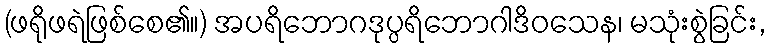
(ဖရိုဖရဲဖြစ်စေ၏။) အပရိဘောဂဒုပ္ပရိဘောဂါဒိဝသေန၊ မသုံးစွဲခြင်း,